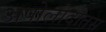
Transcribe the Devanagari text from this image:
अपोलोदोतस